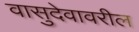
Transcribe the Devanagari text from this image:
वासुदेवावरील